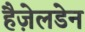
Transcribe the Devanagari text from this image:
हैज़ेलडेन